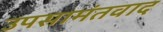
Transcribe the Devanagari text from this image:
उपसामंतवाद